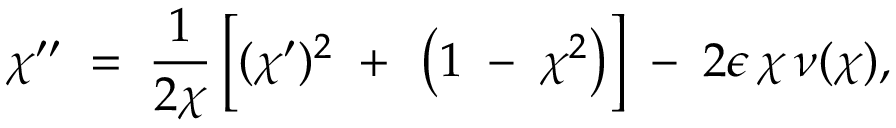
\chi ^ { \prime \prime } \; = \; \frac { 1 } { 2 \chi } \left[ ( \chi ^ { \prime } ) ^ { 2 } \; + \frac { } { } \left( 1 \; - \; \chi ^ { 2 } \right) \right] \; - \; 2 \epsilon \, \chi \, \nu ( \chi ) ,